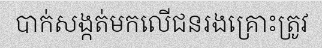
បាក់សង្កត់មកលើជនរងគ្រោះត្រូវ